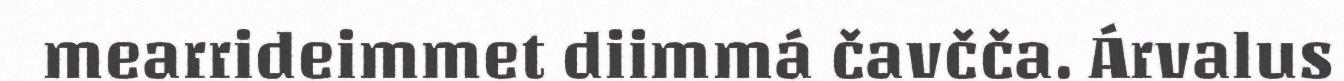
mearrideimmet diimmá čavčča. Árvalus